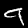
Label: 9